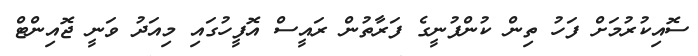
ސޮއިކުރުމަށް ފަހު ތިން ކުންފުނީގެ ފަރާތުން ރައީސް އޮފީހުގައި މިއަދު ވަނީ ޖޮއިންޓް